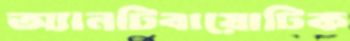
অ্যানটিবায়োটিক